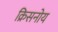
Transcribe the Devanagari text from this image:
क्रिसनोय